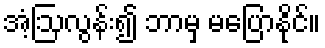
အံ့ဩလွန်း၍ ဘာမှ မပြောနိုင်။